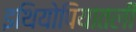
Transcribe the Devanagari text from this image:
इथियोपियातली